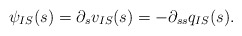
\begin{align*}\psi_{IS}(s) = \partial_{s} v_{IS}(s) = - \partial_{ss} q_{IS}(s).\end{align*}